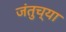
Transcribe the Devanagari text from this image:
जंतुच्या